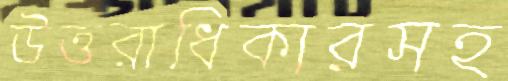
উত্তরাধিকারসহ